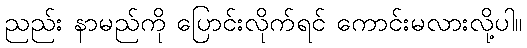
ညည်း နာမည်ကို ပြောင်းလိုက်ရင် ကောင်းမလားလို့ပါ။